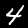
Label: 4